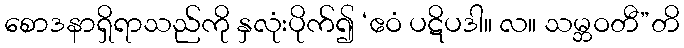
စောဒနာရှိရာသည်ကို နှလုံးပိုက်၍ ‘ဧဝံ ပဋိပဒါ။ လ။ သမ္ဘဝတီ”တိ